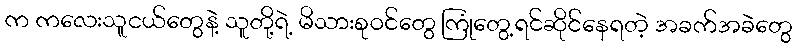
က ကလေးသူငယ်တွေနဲ့ သူတို့ရဲ့ မိသားစုဝင်တွေ ကြုံတွေ့ရင်ဆိုင်နေရတဲ့ အခက်အခဲတွေ